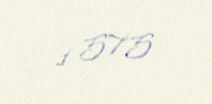
1 575